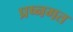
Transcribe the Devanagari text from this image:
प्रष्नगत